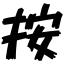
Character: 按